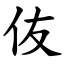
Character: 伖